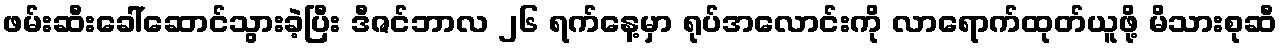
ဖမ်းဆီးခေါ်ဆောင်သွားခဲ့ပြီး ဒီဇင်ဘာလ ၂၆ ရက်နေ့မှာ ရုပ်အလောင်းကို လာရောက်ထုတ်ယူဖို့ မိသားစုဆီ